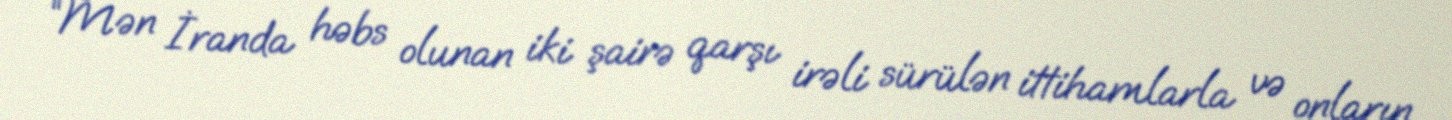
“Mən İranda həbs olunan iki şairə qarşı irəli sürülən ittihamlarla və onların